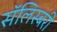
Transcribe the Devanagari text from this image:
सॅलिस्बरी